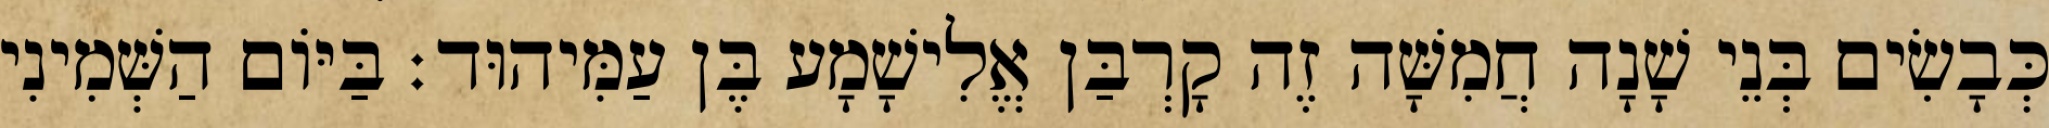
כְּבָשִׂים בְּנֵי שָׁנָה חֲמִשָּׁה זֶה קָרְבַּן אֱלִישָׁמָע בֶּן עַמִּיהוּד׃ בַּיּוֹם הַשְּׁמִינִי